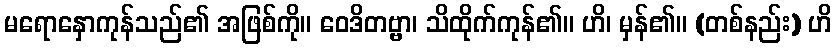
မရောနှောကုန်သည်၏ အဖြစ်ကို။ ဝေဒိတဗ္ဗာ၊ သိထိုက်ကုန်၏။ ဟိ၊ မှန်၏။ (တစ်နည်း) ဟိ